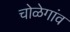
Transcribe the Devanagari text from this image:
चोळेगांव